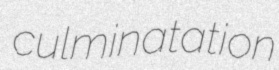
culminatation